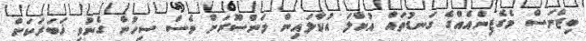
ބިޒްނަސް މެގެޒިންއެއްގެ ގަނޑުތައް އުކާލަ އުކާލައިން މަންސޫރަށް ވެސް ސިހުން ގެނުވި ޚަބަރަކަށް